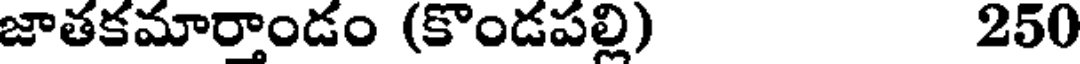
జాతకమార్తాండం (కొండపల్లి) 250